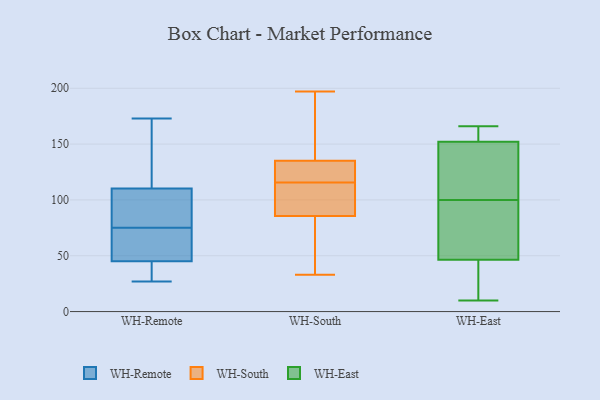
{"axis": {"x": "Demand Index", "y": "Value"}, "legend": ["WH-East", "WH-Remote", "WH-South"], "data": [{"x": "", "y": 54, "type": "WH-Remote"}, {"x": "", "y": 173, "type": "WH-Remote"}, {"x": "", "y": 117, "type": "WH-Remote"}, {"x": "", "y": 72, "type": "WH-Remote"}, {"x": "", "y": 159, "type": "WH-Remote"}, {"x": "", "y": 90, "type": "WH-Remote"}, {"x": "", "y": 89, "type": "WH-Remote"}, {"x": "", "y": 42, "type": "WH-Remote"}, {"x": "", "y": 30, "type": "WH-Remote"}, {"x": "", "y": 27, "type": "WH-Remote"}, {"x": "", "y": 75, "type": "WH-Remote"}, {"x": "", "y": 197, "type": "WH-South"}, {"x": "", "y": 178, "type": "WH-South"}, {"x": "", "y": 124, "type": "WH-South"}, {"x": "", "y": 133, "type": "WH-South"}, {"x": "", "y": 39, "type": "WH-South"}, {"x": "", "y": 33, "type": "WH-South"}, {"x": "", "y": 97, "type": "WH-South"}, {"x": "", "y": 110, "type": "WH-South"}, {"x": "", "y": 85, "type": "WH-South"}, {"x": "", "y": 86, "type": "WH-South"}, {"x": "", "y": 100, "type": "WH-South"}, {"x": "", "y": 54, "type": "WH-South"}, {"x": "", "y": 177, "type": "WH-South"}, {"x": "", "y": 63, "type": "WH-South"}, {"x": "", "y": 121, "type": "WH-South"}, {"x": "", "y": 88, "type": "WH-South"}, {"x": "", "y": 128, "type": "WH-South"}, {"x": "", "y": 129, "type": "WH-South"}, {"x": "", "y": 137, "type": "WH-South"}, {"x": "", "y": 183, "type": "WH-South"}, {"x": "", "y": 91, "type": "WH-East"}, {"x": "", "y": 44, "type": "WH-East"}, {"x": "", "y": 10, "type": "WH-East"}, {"x": "", "y": 36, "type": "WH-East"}, {"x": "", "y": 124, "type": "WH-East"}, {"x": "", "y": 134, "type": "WH-East"}, {"x": "", "y": 100, "type": "WH-East"}, {"x": "", "y": 153, "type": "WH-East"}, {"x": "", "y": 33, "type": "WH-East"}, {"x": "", "y": 26, "type": "WH-East"}, {"x": "", "y": 160, "type": "WH-East"}, {"x": "", "y": 149, "type": "WH-East"}, {"x": "", "y": 162, "type": "WH-East"}, {"x": "", "y": 166, "type": "WH-East"}, {"x": "", "y": 79, "type": "WH-East"}, {"x": "", "y": 116, "type": "WH-East"}, {"x": "", "y": 54, "type": "WH-East"}, {"x": "", "y": 74, "type": "WH-East"}, {"x": "", "y": 158, "type": "WH-East"}]}